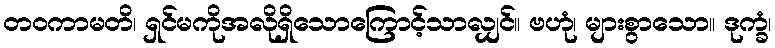
တဝကာမတိ၊ ရှင်မကိုအလိုရှိသောကြောင့်သာလျှင်။ ဗဟုံ၊ များစွာသော။ ဒုက္ခံ၊